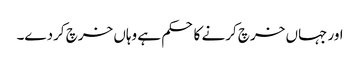
اور جہاں خرچ کرنے کا حکم ہے وہاں خرچ کردے۔